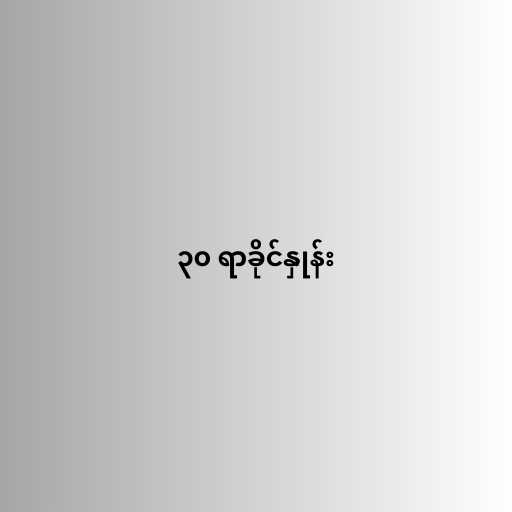
၃၀ ရာခိုင်နှုန်း